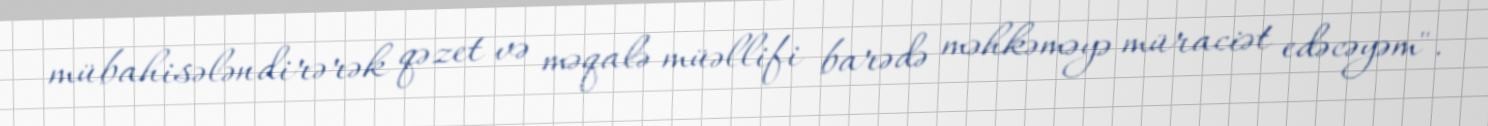
mübahisələndirərək qəzet və məqalə müəllifi barədə məhkəməyə müraciət edəcəyəm".